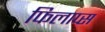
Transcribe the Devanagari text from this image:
फिलाप्स